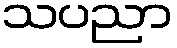
သပညာ